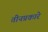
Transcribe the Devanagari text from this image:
तीनप्रकारे